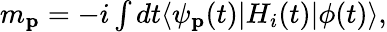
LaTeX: \begin{array}{r}{m_{\mathbf{p}}=-i\int dt\langle\psi_{\mathbf{p}}(t)|H_{i}(t)|\phi(t)\rangle,}\end{array}